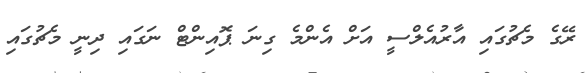
ރޭގެ މެޗުގައި އާރުއެލްސީ އަށް އެންމެ ގިނަ ޕޮއިންޓް ނަގައި ދިނީ މެޗުގައި